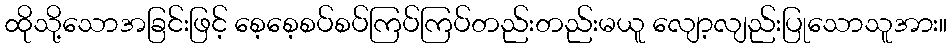
ထိုသို့သောအခြင်းဖြင့် စေ့စေ့စပ်စပ်ကြပ်ကြပ်တည်းတည်းမယူ လျော့လျည်းပြုသောသူအား။